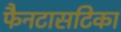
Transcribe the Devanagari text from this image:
फैनटासटिका